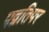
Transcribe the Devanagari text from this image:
पद्वतिपर